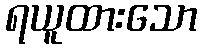
ရယူထားသော